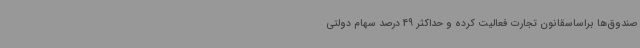
صندوق‌ها براساسقانون تجارت فعالیت کرده و حداکثر 49 درصد سهام دولتی